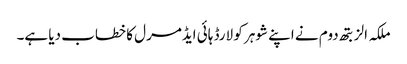
ملکہ الزبتھ دوم نے اپنے شوہر کو لارڈ ہائی ایڈمرل کا خطاب دیا ہے۔